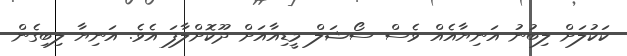
ކަކުލަށް ލިބުނު އަނިޔާއެއް ވެސް ސޯޝަލް މީޑިއާއަށް ދޫކޮށްލާފަ އެވެ. އަނިޔާ ލިބިގެން